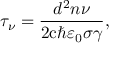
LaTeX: \tau _ { \nu } = { \frac { d ^ { 2 } n \nu } { 2 \mathrm { c } \hbar \varepsilon _ { 0 } \sigma \gamma } } ,